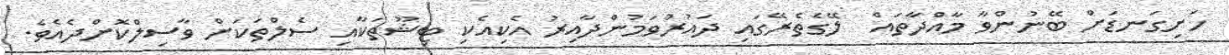
ހަށިގަނޑަށް ބޭނުންވާ މާއްދާތައް  ލޭގެތެރޭގައި ދައުރުވަމުންދާއިރު އެކިއެކި ޓިޝޫތަކާއި ސެލްތަކަށް ވާސިލްކޮށްދެއެވެ.